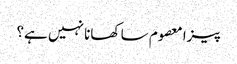
پیزا معصوم سا کھانا نہیں ہے؟